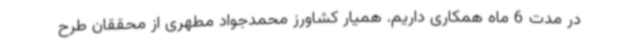
در مدت 6 ماه همکاری داریم. همیار کشاورز محمدجواد مطهری از محققان طرح